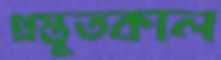
প্রস্তুতকাল